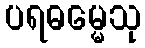
ပရဓမ္မေသု